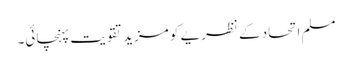
مسلم اتحاد کے نظریے کو مزید تقویت پہنچائی۔